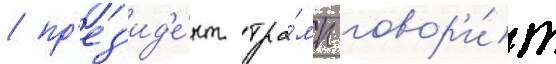
/ пр'ез'ид'е́нт тра́мп говор'и́т